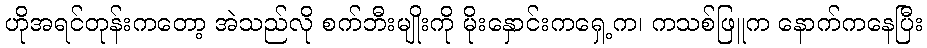
ဟိုအရင်တုန်းကတော့ အဲသည်လို စက်ဘီးမျိုးကို မိုးနှောင်းကရှေ့က၊ ကသစ်ဖြူက နောက်ကနေပြီး